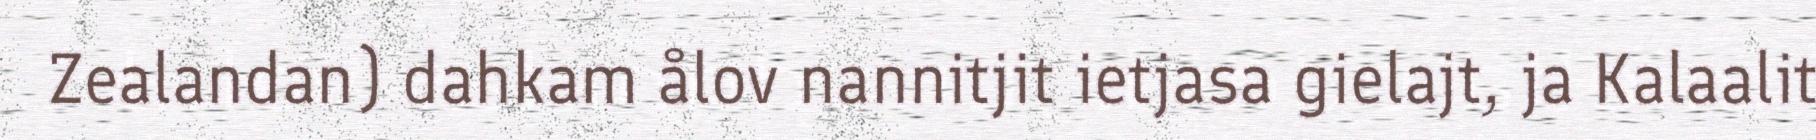
Zealandan) dahkam ålov nannitjit ietjasa gielajt, ja Kalaalit